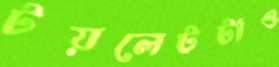
টয়লেটটাও